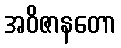
အဝိဇာနတော